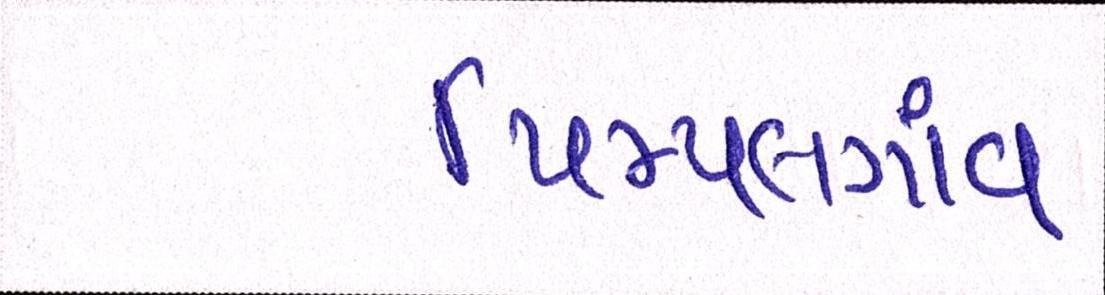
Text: પિમ્પલગાંવ